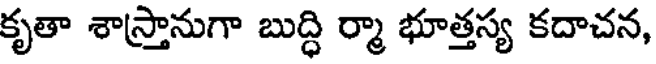
కృతా శాస్తానుగా బుద్ధి ర్మా భూత్తస్య కదాచన,